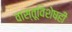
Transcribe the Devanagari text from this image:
वास्तूविशेषही